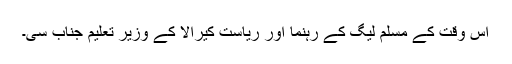
اس وقت کے مسلم لیگ کے رہنما اور ریاست کیرالا کے وزیر تعلیم جناب سی۔